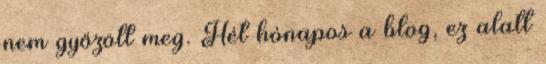
nem győzött meg. Hét hónapos a blog, ez alatt